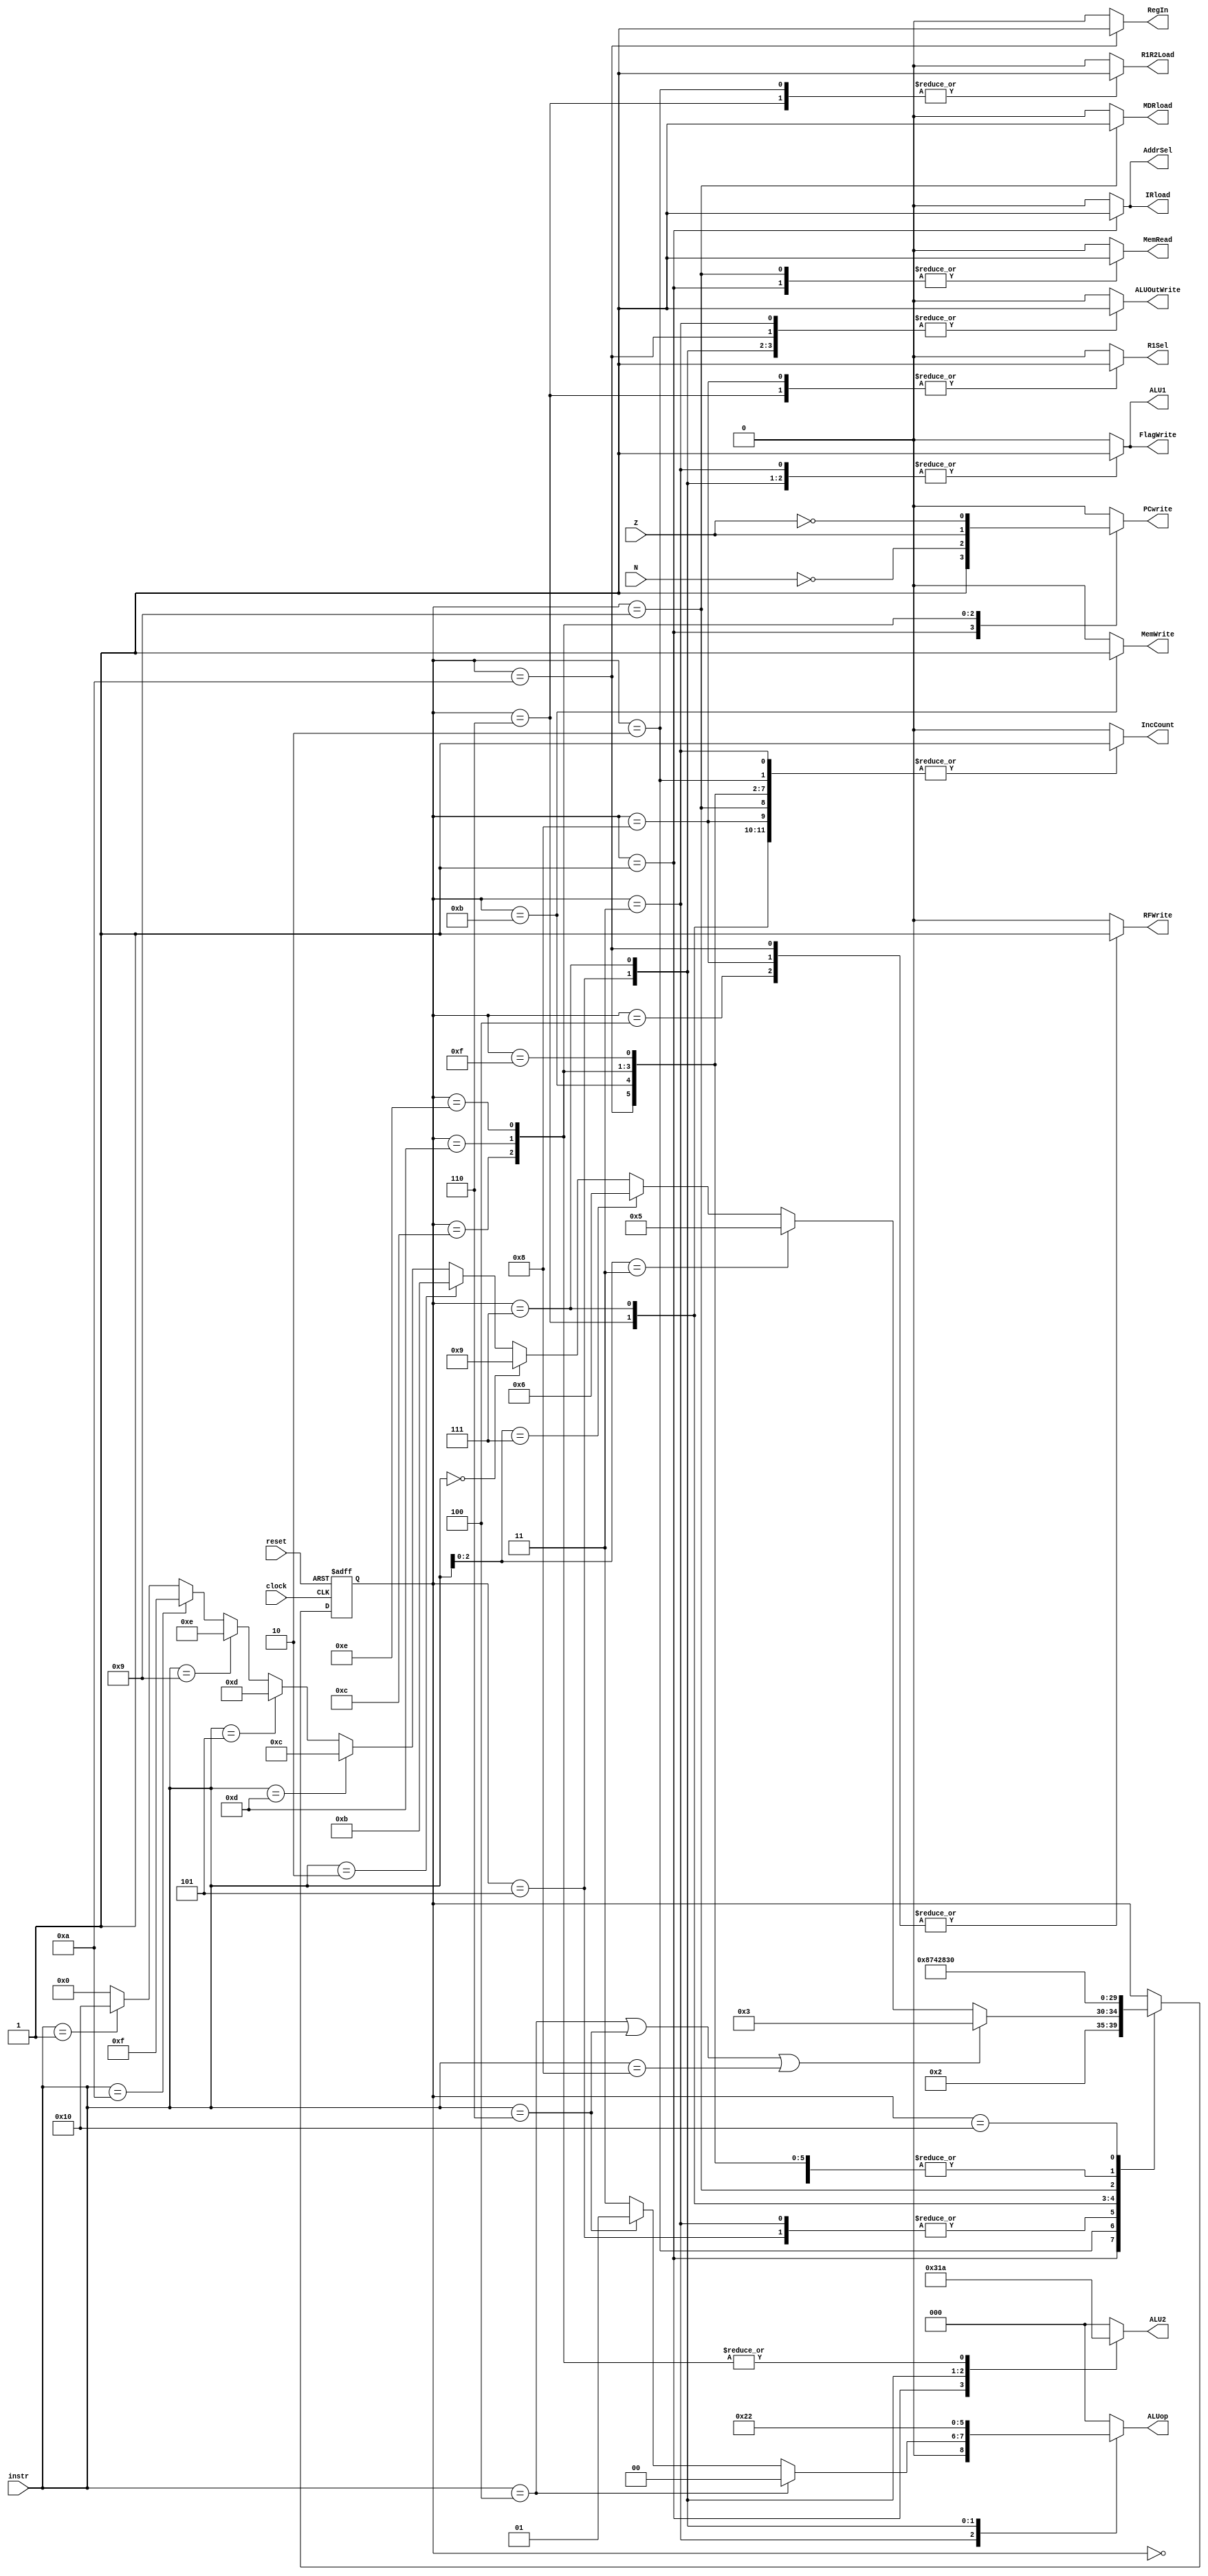
// ---------------------------------------------------------------------
// Copyright (c) 2007 by University of Toronto ECE 243 development team 
// ---------------------------------------------------------------------
//
// Major Functions:	control processor's datapath
// 
// Input(s):	1. instr: input is used to determine states
//				2. N: if branches, input is used to determine if
//					  negative condition is true
//				3. Z: if branches, input is used to determine if 
//					  zero condition is true
//
// Output(s):	control signals
//
//				** More detail can be found on the course note under
//				   "Multi-Cycle Implementation: The Control Unit"
//
// ---------------------------------------------------------------------

module FSM
(
reset, instr, clock,
N, Z,
PCwrite, AddrSel, MemRead,
MemWrite, IRload, R1Sel, MDRload,
R1R2Load, ALU1, ALU2, ALUop,
ALUOutWrite, RFWrite, RegIn, FlagWrite, IncCount//, state
);
	input	[3:0] instr;
	input	N, Z;
	input	reset, clock;
	output	PCwrite, AddrSel, MemRead, MemWrite, IRload, R1Sel, MDRload;
	output	R1R2Load, ALU1, ALUOutWrite, RFWrite, RegIn, FlagWrite;
	output	IncCount; //Counter increment
	output	[2:0] ALU2, ALUop;
	//output	[3:0] state;
	
	reg [4:0]	state; //5 bit state to accomodate stop command
	reg	PCwrite, AddrSel, MemRead, MemWrite, IRload, R1Sel, MDRload;
	reg	R1R2Load, ALU1, ALUOutWrite, RFWrite, RegIn, FlagWrite;
	reg	IncCount; //Counter increment registerization
	reg	[2:0] ALU2, ALUop;
	
	
	// state constants (note: asn = add/sub/nand, asnsh = add/sub/nand/shift)
	parameter [4:0] reset_s = 0, c1 = 1, c2 = 2, c3_asn = 3,
					c4_asnsh = 4, c3_shift = 5, c3_ori = 6,
					c4_ori = 7, c5_ori = 8, c3_load = 9, c4_load = 10,
					c3_store = 11, c3_bpz = 12, c3_bz = 13, c3_bnz = 14,
					c3_nop = 15, c3_stop = 16; // New state encoding for nop and stop instructions (5 bit state now)
	
	// determines the next state based upon the current state; supports
	// asynchronous reset
	always @(posedge clock or posedge reset)
	begin
		if (reset) state = reset_s;
		else
		begin
			case(state)
				reset_s:	state = c1; 		// reset state
				c1:			state = c2; 		// cycle 1
				c2:			begin				// cycle 2
								if(instr == 4'b0100 | instr == 4'b0110 | instr == 4'b1000) state = c3_asn;
								else if( instr[2:0] == 3'b011 ) state = c3_shift;
								else if( instr[2:0] == 3'b111 ) state = c3_ori;
								else if( instr == 4'b0000 ) state = c3_load;
								else if( instr == 4'b0010 ) state = c3_store;
								else if( instr == 4'b1101 ) state = c3_bpz;
								else if( instr == 4'b0101 ) state = c3_bz;
								else if( instr == 4'b1001 ) state = c3_bnz;
								else if( instr == 4'b1010 ) state = c3_nop; //NOP Command
								else if( instr == 4'b0001 ) state = c3_stop; //Stop Command
								else state = 0;
							end
				c3_asn:		state = c4_asnsh;	// cycle 3: ADD SUB NAND
				c4_asnsh:	state = c1;			// cycle 4: ADD SUB NAND/SHIFT
				c3_shift:	state = c4_asnsh;	// cycle 3: SHIFT
				c3_ori:		state = c4_ori;		// cycle 3: ORI
				c4_ori:		state = c5_ori;		// cycle 4: ORI
				c5_ori:		state = c1;			// cycle 5: ORI
				c3_load:	state = c4_load;	// cycle 3: LOAD
				c4_load:	state = c1; 		// cycle 4: LOAD
				c3_store:	state = c1; 		// cycle 3: STORE
				c3_bpz:		state = c1; 		// cycle 3: BPZ
				c3_bz:		state = c1; 		// cycle 3: BZ
				c3_bnz:		state = c1; 		// cycle 3: BNZ
				c3_nop:		state = c1;			// cycle 3: NOP
				c3_stop:		state = c3_stop;	// cycle 3: stop infinite loop until reset
			endcase
		end
	end

	// sets the control sequences based upon the current state and instruction
	always @(*)
	begin
		case (state)
			reset_s:	//control = 19'b0000000000000000000;
				begin
					PCwrite = 0;
					AddrSel = 0;
					MemRead = 0;
					MemWrite = 0;
					IRload = 0;
					R1Sel = 0;
					MDRload = 0;
					R1R2Load = 0;
					ALU1 = 0;
					ALU2 = 3'b000;
					ALUop = 3'b000;
					ALUOutWrite = 0;
					RFWrite = 0;
					RegIn = 0;
					FlagWrite = 0;
					IncCount = 0;
				end					
			c1: 		//control = 19'b1110100000010000000;
				begin
					PCwrite = 1;
					AddrSel = 1;
					MemRead = 1;
					MemWrite = 0;
					IRload = 1;
					R1Sel = 0;
					MDRload = 0;
					R1R2Load = 0;
					ALU1 = 0;
					ALU2 = 3'b001;
					ALUop = 3'b000;
					ALUOutWrite = 0;
					RFWrite = 0;
					RegIn = 0;
					FlagWrite = 0;
					IncCount = 1;
				end	
			c2: 		//control = 19'b0000000100000000000;
				begin
					PCwrite = 0;
					AddrSel = 0;
					MemRead = 0;
					MemWrite = 0;
					IRload = 0;
					R1Sel = 0;
					MDRload = 0;
					R1R2Load = 1;
					ALU1 = 0;
					ALU2 = 3'b000;
					ALUop = 3'b000;
					ALUOutWrite = 0;
					RFWrite = 0;
					RegIn = 0;
					FlagWrite = 0;
					IncCount = 1;
				end
			c3_asn:		begin
							if ( instr == 4'b0100 ) 		// add
								//control = 19'b0000000010000001001;
							begin
								PCwrite = 0;
								AddrSel = 0;
								MemRead = 0;
								MemWrite = 0;
								IRload = 0;
								R1Sel = 0;
								MDRload = 0;
								R1R2Load = 0;
								ALU1 = 1;
								ALU2 = 3'b000;
								ALUop = 3'b000;
								ALUOutWrite = 1;
								RFWrite = 0;
								RegIn = 0;
								FlagWrite = 1;
								IncCount = 1;
							end	
							else if ( instr == 4'b0110 ) 	// sub
								//control = 19'b0000000010000011001;
							begin
								PCwrite = 0;
								AddrSel = 0;
								MemRead = 0;
								MemWrite = 0;
								IRload = 0;
								R1Sel = 0;
								MDRload = 0;
								R1R2Load = 0;
								ALU1 = 1;
								ALU2 = 3'b000;
								ALUop = 3'b001;
								ALUOutWrite = 1;
								RFWrite = 0;
								RegIn = 0;
								FlagWrite = 1;
								IncCount = 1;
							end
							else 							// nand
								//control = 19'b0000000010000111001;
							begin
								PCwrite = 0;
								AddrSel = 0;
								MemRead = 0;
								MemWrite = 0;
								IRload = 0;
								R1Sel = 0;
								MDRload = 0;
								R1R2Load = 0;
								ALU1 = 1;
								ALU2 = 3'b000;
								ALUop = 3'b011;
								ALUOutWrite = 1;
								RFWrite = 0;
								RegIn = 0;
								FlagWrite = 1;
								IncCount = 1;
							end
				   		end
			c4_asnsh: 	//control = 19'b0000000000000000100;
				begin
					PCwrite = 0;
					AddrSel = 0;
					MemRead = 0;
					MemWrite = 0;
					IRload = 0;
					R1Sel = 0;
					MDRload = 0;
					R1R2Load = 0;
					ALU1 = 0;
					ALU2 = 3'b000;
					ALUop = 3'b000;
					ALUOutWrite = 0;
					RFWrite = 1;
					RegIn = 0;
					FlagWrite = 0;
					IncCount = 1;
				end
			c3_shift: 	//control = 19'b0000000011001001001;
				begin
					PCwrite = 0;
					AddrSel = 0;
					MemRead = 0;
					MemWrite = 0;
					IRload = 0;
					R1Sel = 0;
					MDRload = 0;
					R1R2Load = 0;
					ALU1 = 1;
					ALU2 = 3'b100;
					ALUop = 3'b100;
					ALUOutWrite = 1;
					RFWrite = 0;
					RegIn = 0;
					FlagWrite = 1;
					IncCount = 1;
				end
			c3_ori: 	//control = 19'b0000010100000000000;
				begin
					PCwrite = 0;
					AddrSel = 0;
					MemRead = 0;
					MemWrite = 0;
					IRload = 0;
					R1Sel = 1;
					MDRload = 0;
					R1R2Load = 1;
					ALU1 = 0;
					ALU2 = 3'b000;
					ALUop = 3'b000;
					ALUOutWrite = 0;
					RFWrite = 0;
					RegIn = 0;
					FlagWrite = 0;
					IncCount = 1;
				end
			c4_ori: 	//control = 19'b0000000010110101001;
				begin
					PCwrite = 0;
					AddrSel = 0;
					MemRead = 0;
					MemWrite = 0;
					IRload = 0;
					R1Sel = 0;
					MDRload = 0;
					R1R2Load = 0;
					ALU1 = 1;
					ALU2 = 3'b011;
					ALUop = 3'b010;
					ALUOutWrite = 1;
					RFWrite = 0;
					RegIn = 0;
					FlagWrite = 1;
					IncCount = 1;
				end
			c5_ori: 	//control = 19'b0000010000000000100;
				begin
					PCwrite = 0;
					AddrSel = 0;
					MemRead = 0;
					MemWrite = 0;
					IRload = 0;
					R1Sel = 1;
					MDRload = 0;
					R1R2Load = 0;
					ALU1 = 0;
					ALU2 = 3'b000;
					ALUop = 3'b000;
					ALUOutWrite = 0;
					RFWrite = 1;
					RegIn = 0;
					FlagWrite = 0;
					IncCount = 1;
				end
			c3_load: 	//control = 19'b0010001000000000000;
				begin
					PCwrite = 0;
					AddrSel = 0;
					MemRead = 1;
					MemWrite = 0;
					IRload = 0;
					R1Sel = 0;
					MDRload = 1;
					R1R2Load = 0;
					ALU1 = 0;
					ALU2 = 3'b000;
					ALUop = 3'b000;
					ALUOutWrite = 0;
					RFWrite = 0;
					RegIn = 0;
					FlagWrite = 0;
					IncCount = 1;
				end
			c4_load: 	//control = 19'b0000000000000001110;
				begin
					PCwrite = 0;
					AddrSel = 0;
					MemRead = 0;
					MemWrite = 0;
					IRload = 0;
					R1Sel = 0;
					MDRload = 0;
					R1R2Load = 0;
					ALU1 = 0;
					ALU2 = 3'b000;
					ALUop = 3'b000;
					ALUOutWrite = 1;
					RFWrite = 1;
					RegIn = 1;
					FlagWrite = 0;
					IncCount = 1;
				end
			c3_store: 	//control = 19'b0001000000000000000;
				begin
					PCwrite = 0;
					AddrSel = 0;
					MemRead = 0;
					MemWrite = 1;
					IRload = 0;
					R1Sel = 0;
					MDRload = 0;
					R1R2Load = 0;
					ALU1 = 0;
					ALU2 = 3'b000;
					ALUop = 3'b000;
					ALUOutWrite = 0;
					RFWrite = 0;
					RegIn = 0;
					FlagWrite = 0;
					IncCount = 1;
				end
			c3_bpz: 	//control = {~N,18'b000000000100000000};
				begin
					PCwrite = ~N;
					AddrSel = 0;
					MemRead = 0;
					MemWrite = 0;
					IRload = 0;
					R1Sel = 0;
					MDRload = 0;
					R1R2Load = 0;
					ALU1 = 0;
					ALU2 = 3'b010;
					ALUop = 3'b000;
					ALUOutWrite = 0;
					RFWrite = 0;
					RegIn = 0;
					FlagWrite = 0;
					IncCount = 1;
				end
			c3_bz: 		//control = {Z,18'b000000000100000000};
				begin
					PCwrite = Z;
					AddrSel = 0;
					MemRead = 0;
					MemWrite = 0;
					IRload = 0;
					R1Sel = 0;
					MDRload = 0;
					R1R2Load = 0;
					ALU1 = 0;
					ALU2 = 3'b010;
					ALUop = 3'b000;
					ALUOutWrite = 0;
					RFWrite = 0;
					RegIn = 0;
					FlagWrite = 0;
					IncCount = 1;
				end
			c3_bnz: 	//control = {~Z,18'b000000000100000000};
				begin
					PCwrite = ~Z;
					AddrSel = 0;
					MemRead = 0;
					MemWrite = 0;
					IRload = 0;
					R1Sel = 0;
					MDRload = 0;
					R1R2Load = 0;
					ALU1 = 0;
					ALU2 = 3'b010;
					ALUop = 3'b000;
					ALUOutWrite = 0;
					RFWrite = 0;
					RegIn = 0;
					FlagWrite = 0;
					IncCount = 1;
				end
			c3_nop:	//control = 19'b0000000000000000000;
				begin
					PCwrite = 0;
					AddrSel = 0;
					MemRead = 0;
					MemWrite = 0;
					IRload = 0;
					R1Sel = 0;
					MDRload = 0;
					R1R2Load = 0;
					ALU1 = 0;
					ALU2 = 3'b000;
					ALUop = 3'b000;
					ALUOutWrite = 0;
					RFWrite = 0;
					RegIn = 0;
					FlagWrite = 0;
					IncCount = 1;
				end
			c3_stop:	//control = 19'b0000000000000000000;
				begin
					PCwrite = 0;
					AddrSel = 0;
					MemRead = 0;
					MemWrite = 0;
					IRload = 0;
					R1Sel = 0;
					MDRload = 0;
					R1R2Load = 0;
					ALU1 = 0;
					ALU2 = 3'b000;
					ALUop = 3'b000;
					ALUOutWrite = 0;
					RFWrite = 0;
					RegIn = 0;
					FlagWrite = 0;
					IncCount = 0;
				end
			default:	//control = 19'b0000000000000000000;
				begin
					PCwrite = 0;
					AddrSel = 0;
					MemRead = 0;
					MemWrite = 0;
					IRload = 0;
					R1Sel = 0;
					MDRload = 0;
					R1R2Load = 0;
					ALU1 = 0;
					ALU2 = 3'b000;
					ALUop = 3'b000;
					ALUOutWrite = 0;
					RFWrite = 0;
					RegIn = 0;
					FlagWrite = 0;
					IncCount = 0;
				end
		endcase
	end
	
endmodule